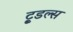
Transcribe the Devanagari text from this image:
टू्डल्स